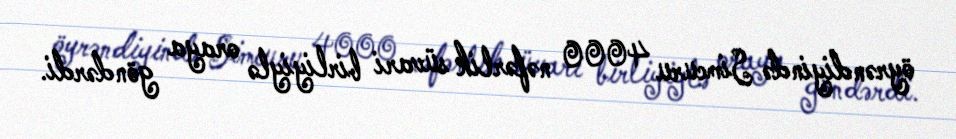
öyrəndiyində Simcuru 4000 nəfərlik süvari birliyiylə oraya göndərdi.